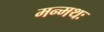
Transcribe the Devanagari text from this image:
मन्मथः